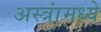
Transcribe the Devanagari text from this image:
अस्त्रांमध्ये